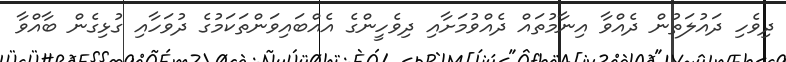
ދިވެހި ދައުލަތުން ދެއްވާ އިނާމުތައް ދެއްވުމަށާއި ދިވެހީންގެ އެއްބައިވަންތަކަމުގެ ދުވަހާއި ގުޅިގެން ބާއްވާ